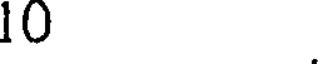
10